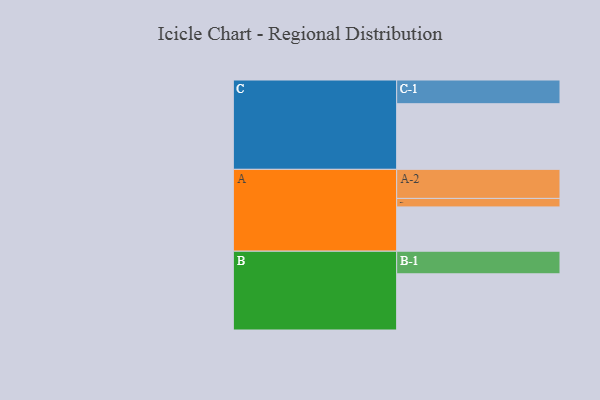
{"axis": {"x": "Segment", "y": "Value"}, "legend": ["", "A", "B", "C"], "data": [{"x": "A", "y": 390, "type": ""}, {"x": "B", "y": 495, "type": ""}, {"x": "C", "y": 578, "type": ""}, {"x": "A-1", "y": 75, "type": "A"}, {"x": "A-2", "y": 256, "type": "A"}, {"x": "B-1", "y": 199, "type": "B"}, {"x": "C-1", "y": 209, "type": "C"}]}